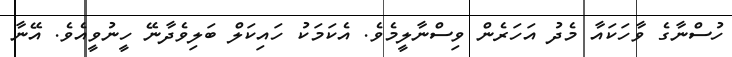
ހުސްނާގެ ވާހަކައާ މެދު އަހަރެން ވިސްނާލީމެވެ. އެކަމަކު ހައިކަލް ބަލިވެދާނޭ ހީނުވީއެވެ. އޭނާ